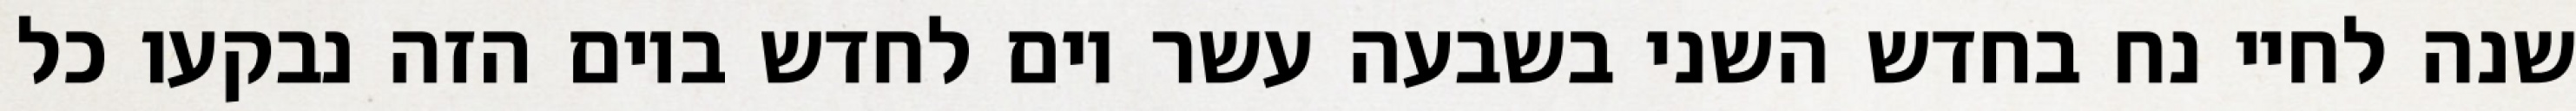
שנה לחיי נח בחדש השני בשבעה עשר יום לחדש ביום הזה נבקעו כל